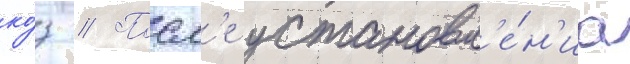
ко́з // Посл'е установл'е́н'иа